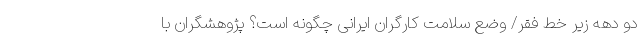
دو دهه زیر خط فقر/ وضع سلامت کارگران ایرانی چگونه است؟ پژوهشگران با